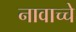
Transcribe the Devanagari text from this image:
नावाच्चे